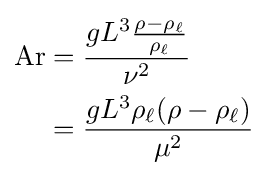
{\begin{aligned}\mathrm {Ar} &={\frac {gL^{3}{\frac {\rho -\rho _{\ell }}{\rho _{\ell }}}}{\nu ^{2}}}\\&={\frac {gL^{3}\rho _{\ell }(\rho -\rho _{\ell })}{\mu ^{2}}}\\\end{aligned}}